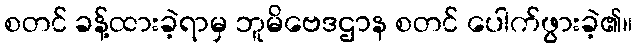
စတင် ခန့်ထားခဲ့ရာမှ ဘူမိဗေဒဌာန စတင် ပေါက်ဖွားခဲ့၏။